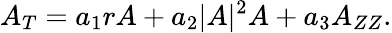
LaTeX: A_{T}=a_{1}rA+a_{2}|A|^{2}A+a_{3}A_{ZZ}.